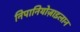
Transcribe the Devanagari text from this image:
निपानियोज़ाइलान